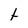
Character: t